Account of plague administration in the Bombay Presidency from September 1896 till May 1897
Year: 1896
Disease focus: Plague
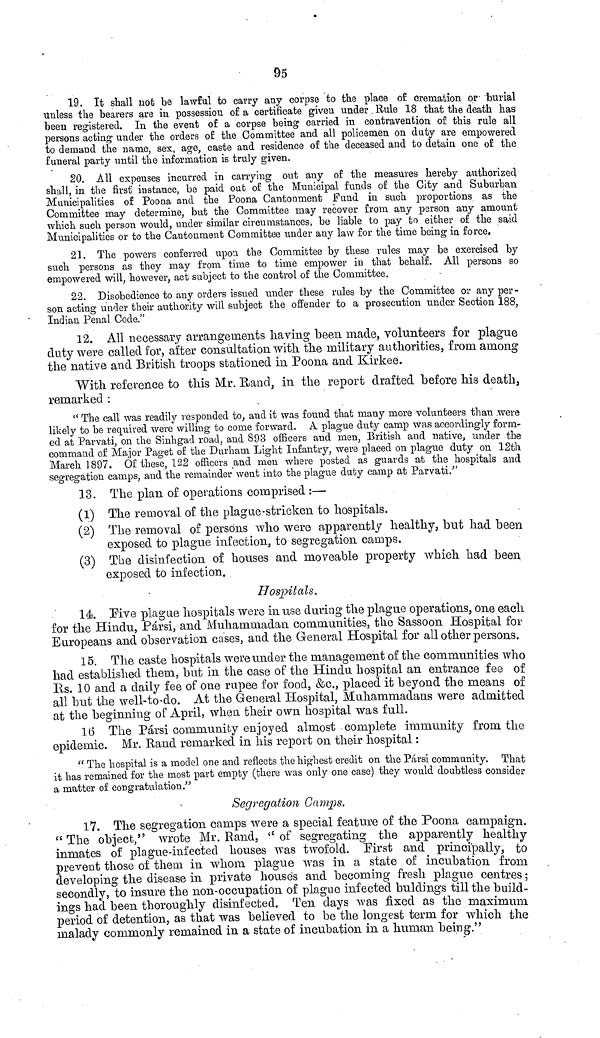
95
19. It shall not be lawful to carry any corpse to the place of cremation or burial
unless the bearers are in possession of a certificate given under. Rule 18 that the death has
been registered. In the event of a corpse being carried in contravention of this rule all
persons acting under the orders of the Committee and all policemen on duty are empowered
to demand the name, sex, age, caste and residence of the deceased and to detain one of the
funeral party until the information is truly given.
20. All expenses incurred in carrying out any of the measures hereby authorized
shall, in the first instance, be paid out of the Municipal funds of the City and Suburban
Municipalities of Poona and the Poona Cantonment Fund in such proportions as the
Committee may determine, but the Committee may recover from any person any amount
which such person would, under similar circumstances, be liable to pay to either of the said
Municipalities or to the Cantonment Committee tinder any law for the time being in force.
21. The powers conferred upon the Committee by these rules may be exercised by
such persons as they may from time to time empower in that behalf. All persons so
empowered will, however, act subject to the control of the Committee.
22. Disobedience to any orders issued under these rules by the Committee or any per-
son acting under their authority will subject the offender to a prosecution under Section 188,
Indian Penal Code."
12. All necessary arrangements having been made, volunteers for plague
duty were called for, after consultation with, the military authorities, from among
the native and British troops stationed in Poona and Kirkee.
With reference to this Mr. Band, in the report drafted before his death,
remarked :
" The call was readily responded to, and it was found that many more volunteers than were
likely to be required were willing to come forward. A plague duty camp was accordingly form-
ed at Parvati, on the Sinhgad road, and 893 officers and men, British and native, under the
command of Major Paget of the Durham Light Infantry, were placed on plague duty on 12th
March 1897. Of these, 122 officers and men where posted as guards at the hospitals and
segregation camps, and the remainder went into the plague duty camp at Parvati."
13. The plan of operations comprised :—
(1) The removal of the plague-stricken to hospitals.
(2) The removal of persons who were apparently healthy, but had been
exposed to plague infection, to segregation camps.
(3) The disinfection of houses and moveable property which had been
exposed to infection.
Hospitals.
14. Five plague hospitals were in use during the plague operations, one each
for the Hindu, Pársi, and Muhammadan communities, the Sassoon Hospital for
Europeans and observation cases, and the General Hospital for all other persons.
15. The caste hospitals were under the management of the communities who
had established them, but in the case of the Hindu hospital an entrance fee of
Rs. 10 and a daily fee of one rupee for food, &c., placed it beyond the means of
all but the well-to-do. At the General Hospital, Muhammadans were admitted
at the beginning of April, when their own hospital was full.
16 The Pársi community enjoyed almost complete immunity from the
epidemic. Mr. Rand remarked in his report on their hospital :
" The hospital is a model one and reflects the highest credit on the Pársi community. That
it has remained for the most part empty (there was only one case) they would doubtless consider
a matter of congratulation."
Segregation Camps.
17. The segregation camps were a special feature of the Poona campaign.
"The object," wrote Mr. Rand, " of segregating the apparently healthy
inmates of plague-infected houses was twofold. First and principally, to
prevent those of them in whom plague was in a state of incubation from
developing the disease in private house's and becoming fresh plague centres ;
secondly, to insure the non-occupation of plague infected buldings till the build-
ings had been thoroughly disinfected. Ten days was fixed as the maximum
period of detention, as that was believed to be the longest term for which the
malady commonly remained in a state of incubation in a human being."